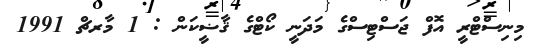
މިނިސްޓްރީ އޮފް ޖަސްޓިސްގެ މަދަނީ ކޯޓްގެ ޤާޟީކަން : 1 މާރޗް 1991